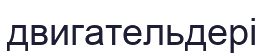
двигательдері